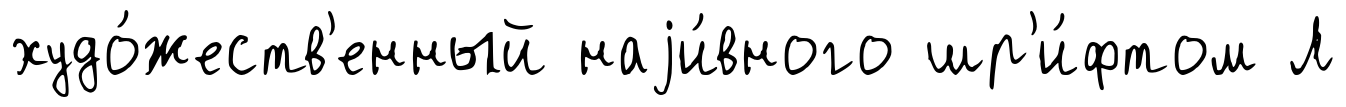
худо́жеств'енный наjи́вного шр'и́фтом Л